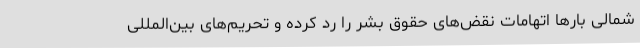
شمالی بارها اتهامات نقض‌های حقوق بشر را رد کرده و تحریم‌های بین‌المللی